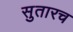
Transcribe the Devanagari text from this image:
सुतारच